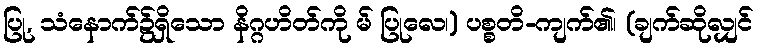
ပြု, သံနောက်၌ရှိသော နိဂ္ဂဟိတ်ကို မ် ပြုလေ၊) ပစ္စတိ-ကျက်၏၊ (ချက်ဆိုလျှင်